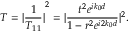
{ } T = { | \frac { 1 } { T _ { 1 1 } } | } ^ { 2 } = | { \frac { t ^ { 2 } e ^ { i k _ { 0 } d } } { 1 - r ^ { 2 } e ^ { i 2 k _ { 0 } d } } | ^ { 2 } } .